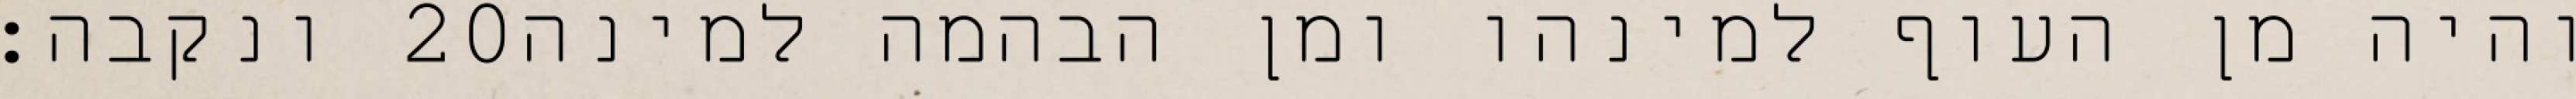
ונקבה׃ ‎20‏ והיה מן העוף למינהו ומן הבהמה למינה